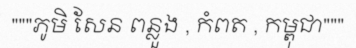
"""ភូមិ សែន ពន្លួង , កំពត , កម្ពុជា"""